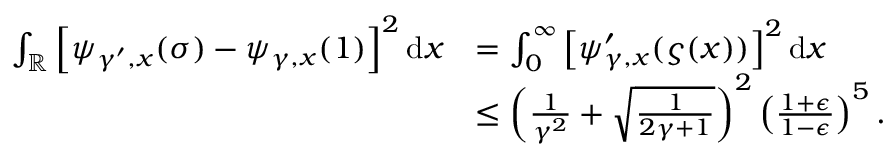
\begin{array} { r l } { \int _ { \mathbb { R } } \left[ \psi _ { \gamma ^ { \prime } , x } ( \sigma ) - \psi _ { \gamma , x } ( 1 ) \right] ^ { 2 } \mathrm { d } x } & { = \int _ { 0 } ^ { \infty } \left[ \psi _ { \gamma , x } ^ { \prime } ( \varsigma ( x ) ) \right] ^ { 2 } \mathrm { d } x } \\ & { \leq \left( \frac { 1 } { \gamma ^ { 2 } } + \sqrt { \frac { 1 } { 2 \gamma + 1 } } \right) ^ { 2 } \left( \frac { 1 + \epsilon } { 1 - \epsilon } \right) ^ { 5 } . } \end{array}